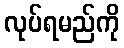
လုပ်ရမည်ကို